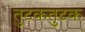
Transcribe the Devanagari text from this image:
तुटकतुटक